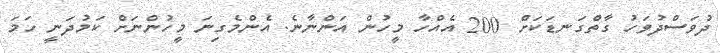
ދުވަސްދުވަހު ގާތްގަނޑަކަށް 200 އެއްހާ މީހުން އަންނާނެ. އެންމެގިނަ މީހުންނަށް ކަމުދަނީ ހަމަ